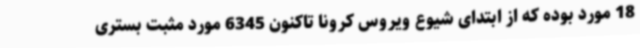
18 مورد بوده که از ابتدای شیوع ویروس کرونا تاکنون 6345 مورد مثبت بستری